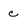
Character: c